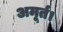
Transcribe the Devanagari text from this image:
अमूर्त।